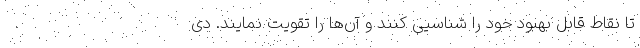
تا نقاط قابل بهبود خود را شناسیی کنند و آن‌ها را تقویت نمایند. دی